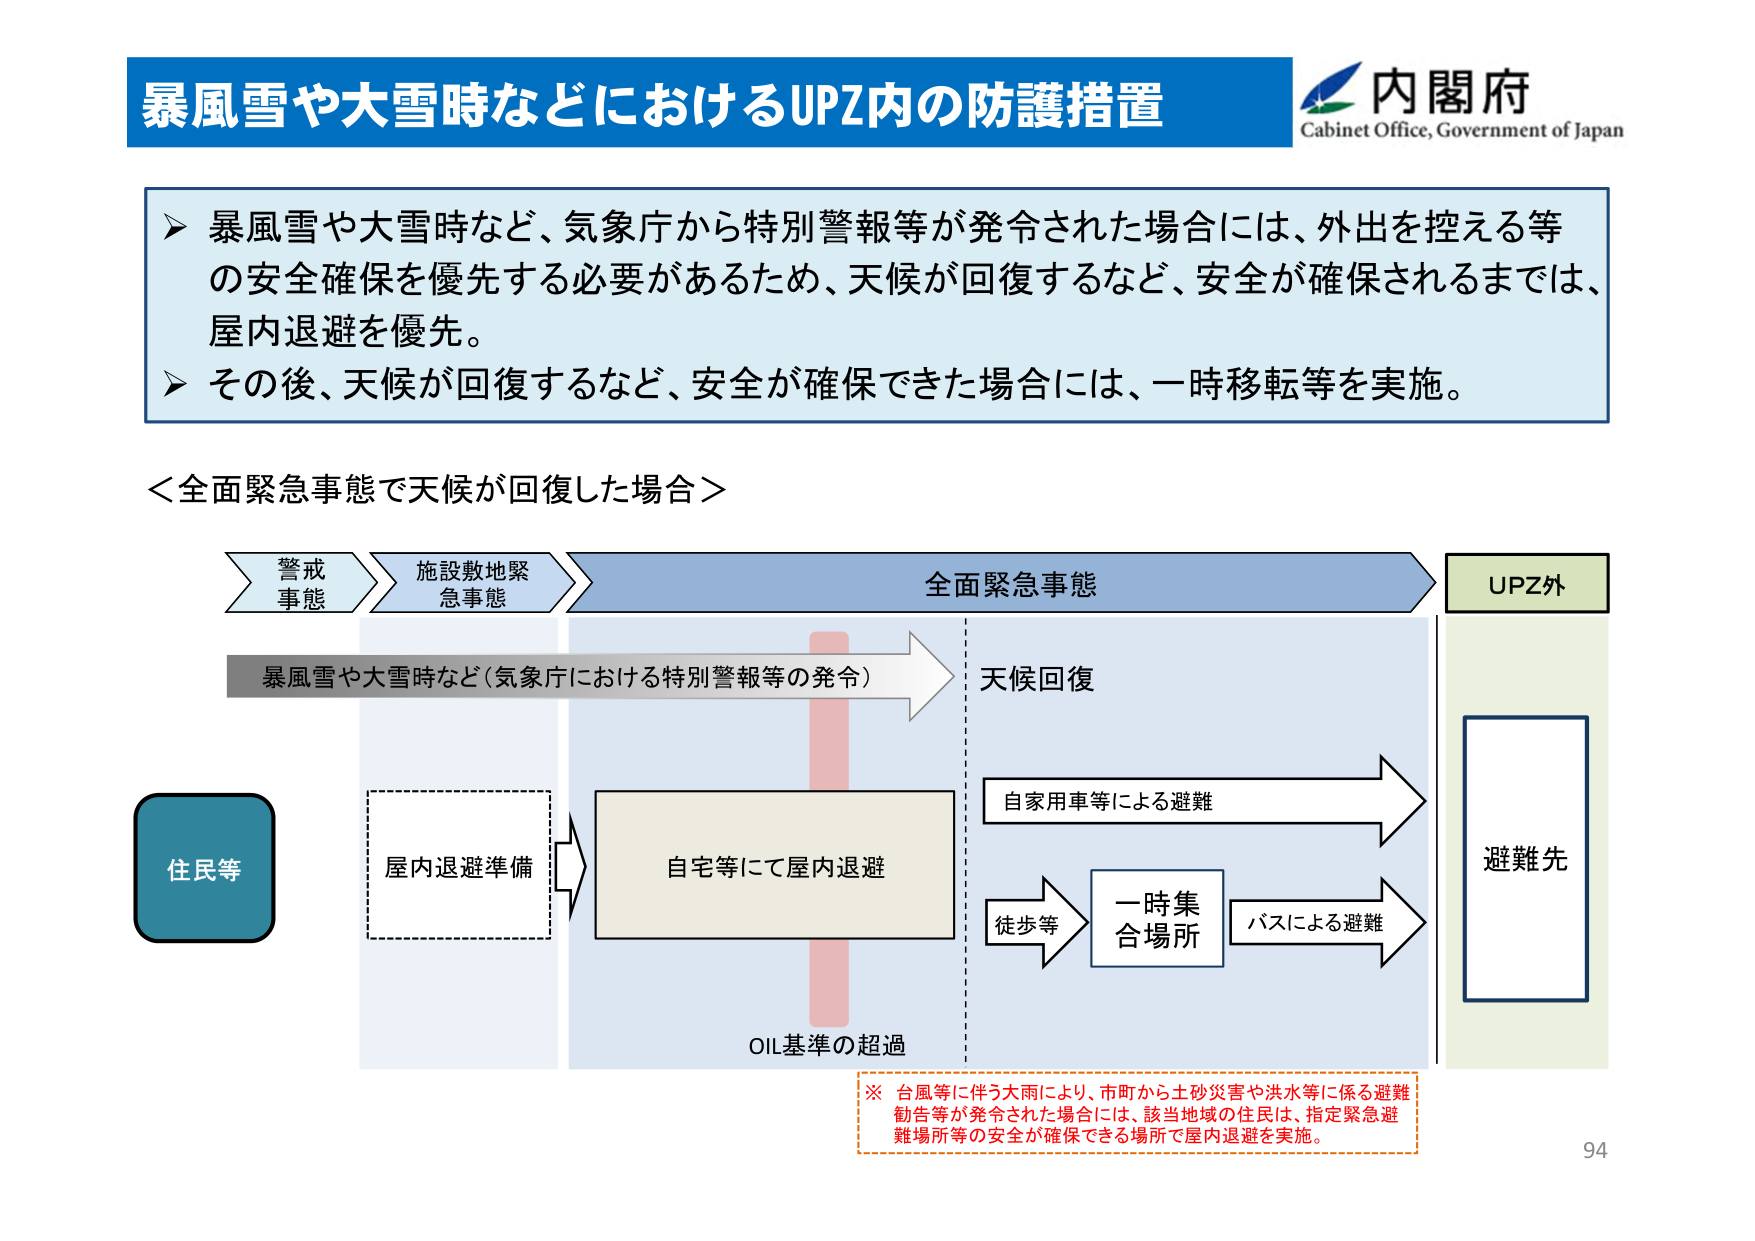
暴風雪や大雪時などにおけるUPZ内の防護措置
内閣府
Cabinet Office, Government of Japan
▶ 暴風雪や大雪時など、気象庁から特別警報等が発令された場合には、外出を控える等
の安全確保を優先する必要があるため、天候が回復するなど、安全が確保されるまでは、
屋内退避を優先。
▶ その後、天候が回復するなど、安全が確保できた場合には、一時移転等を実施。
＜全面緊急事態で天候が回復した場合＞
警戒
事態
施設散地緊
急事態
全面緊急事態
UPZ外
暴風雪や大雪時など（気象庁における特別警報等の発令）
天候回復
住民等
屋内退避準備
自宅等にて屋内退避
自家用車等による避難
一時集
合場所
徒歩等
バスによる避難
避難先
OIL基準の超過
※ 台風等に伴う大雨により、市町から土砂災害や洪水等に係る避難
勧告等が発令された場合には、該当地域の住民は、指定緊急避
難場所等の安全が確保できる場所で屋内退避を実施。
94